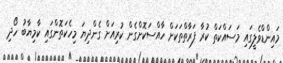
މައިންޑްވެލީގައި މަސައްކަތް ކުރާ ފަރާތްތަކަށް ހާއްސަކޮށްގެން ކުރިއަށް ގެންދިޔަ މިހެކަތޮންގައި ކާމިޔާބު ހޯދި